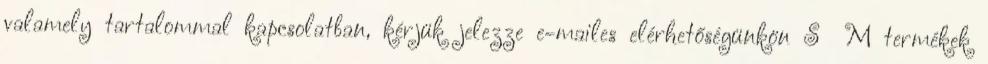
valamely tartalommal kapcsolatban, kérjük jelezze e-mailes elérhetőségünkön S M termékek